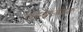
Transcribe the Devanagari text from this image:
हाइड्रैज़ोइक